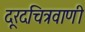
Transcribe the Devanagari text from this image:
दूरदचित्रवाणी